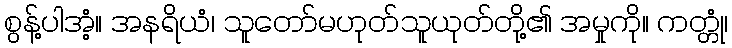
စွန့်ပါအံ့။ အနရိယံ၊ သူတော်မဟုတ်သူယုတ်တို့၏ အမှုကို။ ကတ္တုံ၊